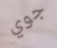
جوي